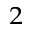
_ 2